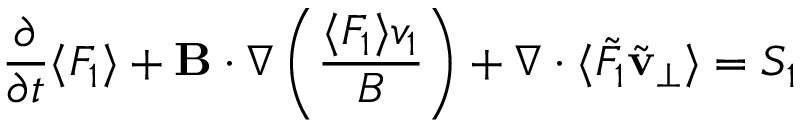
\frac { \partial } { \partial t } \langle F _ { 1 } \rangle + { \bf B } \boldsymbol { \cdot } \boldsymbol { \nabla } \left( \frac { \langle F _ { 1 } \rangle v _ { 1 } } { B } \right) + \boldsymbol { \nabla } \boldsymbol { \cdot } \langle \tilde { F } _ { 1 } \tilde { \bf v } _ { \perp } \rangle = S _ { 1 }